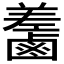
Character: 𪉵